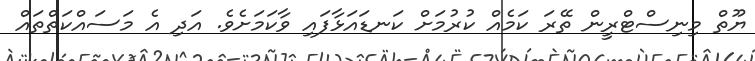
ޔޫތް މިނިސްޓްރީން ތޭރަ ކަމެއް ކުރުމަށް ކަނޑައަޅާފައި ވާކަމަށެވެ. އަދި އެ މަސައްކަތްތައް